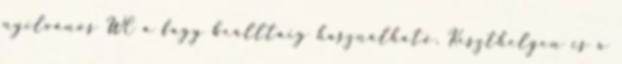
nyilvános WC a fagy beálltáig használható. Keszthelyen is a